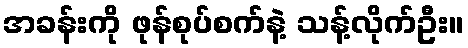
အခန်းကို ဖုန်စုပ်စက်နဲ့ သန့်လိုက်ဦး။